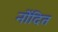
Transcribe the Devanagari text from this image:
नोंदित